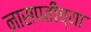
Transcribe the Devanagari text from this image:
नासपतीच्या